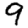
Digit: 9